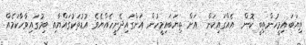
ތިޔަބައިމީހުންތިބީ ކޮން  އެއްގައިކަން  އަށް ތިޔަބައިމީހުން އަންގައިދެނީހެއްޔެވެ އުޑުތަކުގައްޔާއި ބިމުގައިވާހާކަމެއް